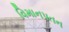
વિમાનપતન